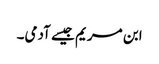
ابن مریم جیسے آدمی۔